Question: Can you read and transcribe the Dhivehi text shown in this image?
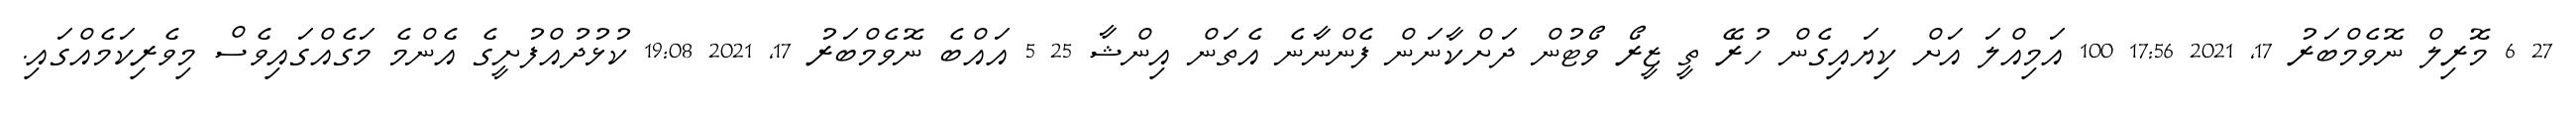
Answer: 27 6 މޮރިލް ނޮވެމްބަރު 17, 2021 17:56 100 އަމިއްލަ އަށް ކިޔައިގެން ހުރޭ ތީ ޒީރޯ ވޯޓުން ދަށްކާނަން ފެންނާނެ އެތަން އިންޝާ 25 5 އައްބެ ނޮވެމްބަރު 17, 2021 19:08 ކުޅުދުއްފުށީގެ އެންމެ މަގެއްގައިވެސް މިވެރިކަމެއްގައި.